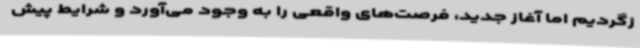
زگردیم اما آغاز جدید، فرصت‌های واقعی را به وجود می‌آورد و شرایط پیش